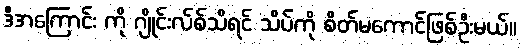
ဒီအကြောင်း ကို ဂျိုင်းလ်စ်သိရင် သိပ်ကို စိတ်မကောင်ဖြစ်ဦးမယ်။